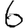
Digit: 6